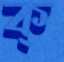
ক্